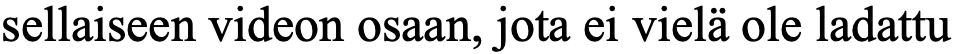
sellaiseen videon osaan, jota ei vielä ole ladattu